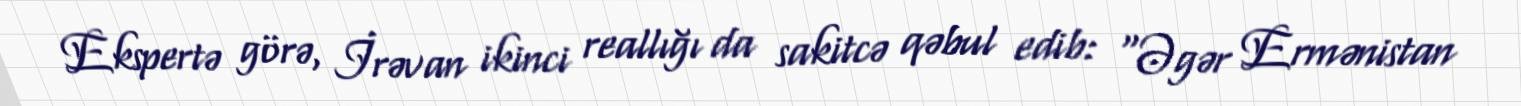
Ekspertə görə, İrəvan ikinci reallığı da sakitcə qəbul edib: “Əgər Ermənistan